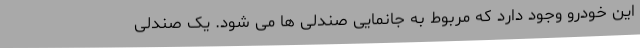
این خودرو وجود دارد که مربوط به جانمایی صندلی ها می شود. یک صندلی